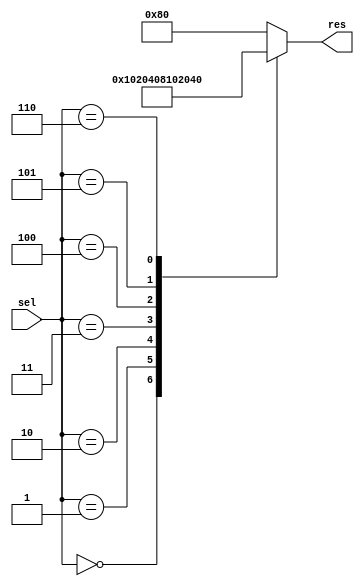
`timescale 1ns / 1ps
 
// Module Name: Decoder

//////////////////////////////////////////////////////////////////////////////////


module Decoder(
    input [2:0] sel,
    output reg [7:0] res
    );
    
    always@ (sel , res)
    begin 
    case(sel)
        3'b000 : res<= 8'b00000001;
        3'b001 : res<= 8'b00000010;
        3'b010 : res<= 8'b00000100;
        3'b011 : res<= 8'b00001000;
        3'b100 : res<= 8'b00010000;
        3'b101 : res<= 8'b00100000;
        3'b110 : res<= 8'b01000000;
        default : res<= 8'b10000000;
        endcase
    end    
endmodule